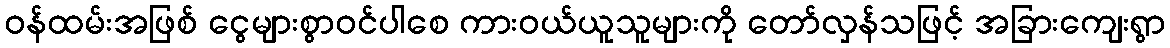
ဝန်ထမ်းအဖြစ် ငွေများစွာဝင်ပါစေ ကားဝယ်ယူသူများကို တော်လှန်သဖြင့် အခြားကျေးရွာ